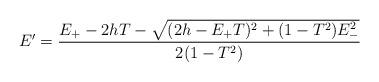
LaTeX: \begin{align*}E' = \frac{E_+-2hT - \sqrt{(2h-E_+ T)^2+(1-T^2)E_-^2}}{2(1-T^2)}\end{align*}